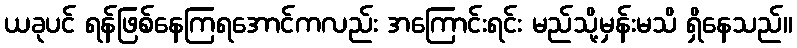
ယခုပင် ရန်ဖြစ်နေကြရအောင်ကလည်း အကြောင်းရင်း မည်သို့မှန်းမသိ ရှိနေသည်။